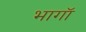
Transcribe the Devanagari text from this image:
भागॉ